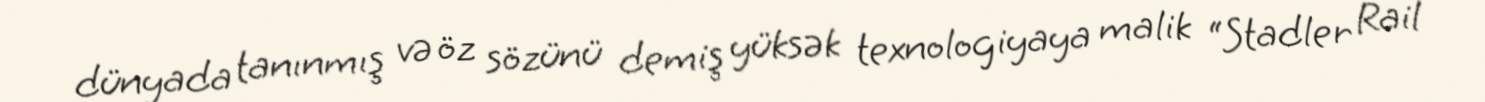
dünyada tanınmış və öz sözünü demiş yüksək texnologiyaya malik “Stadler Rail